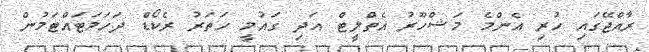
ރާއްޖޭގައި ހުރި އެންމެ މަޝްހޫރު އެތްލީޓް އަދި ގައުމީ ހަތަރު ރެކޯޑް ދަހަމަޓައްޓަމުން